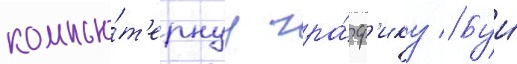
компью́т'ернуу гра́ф'ику // Буи́